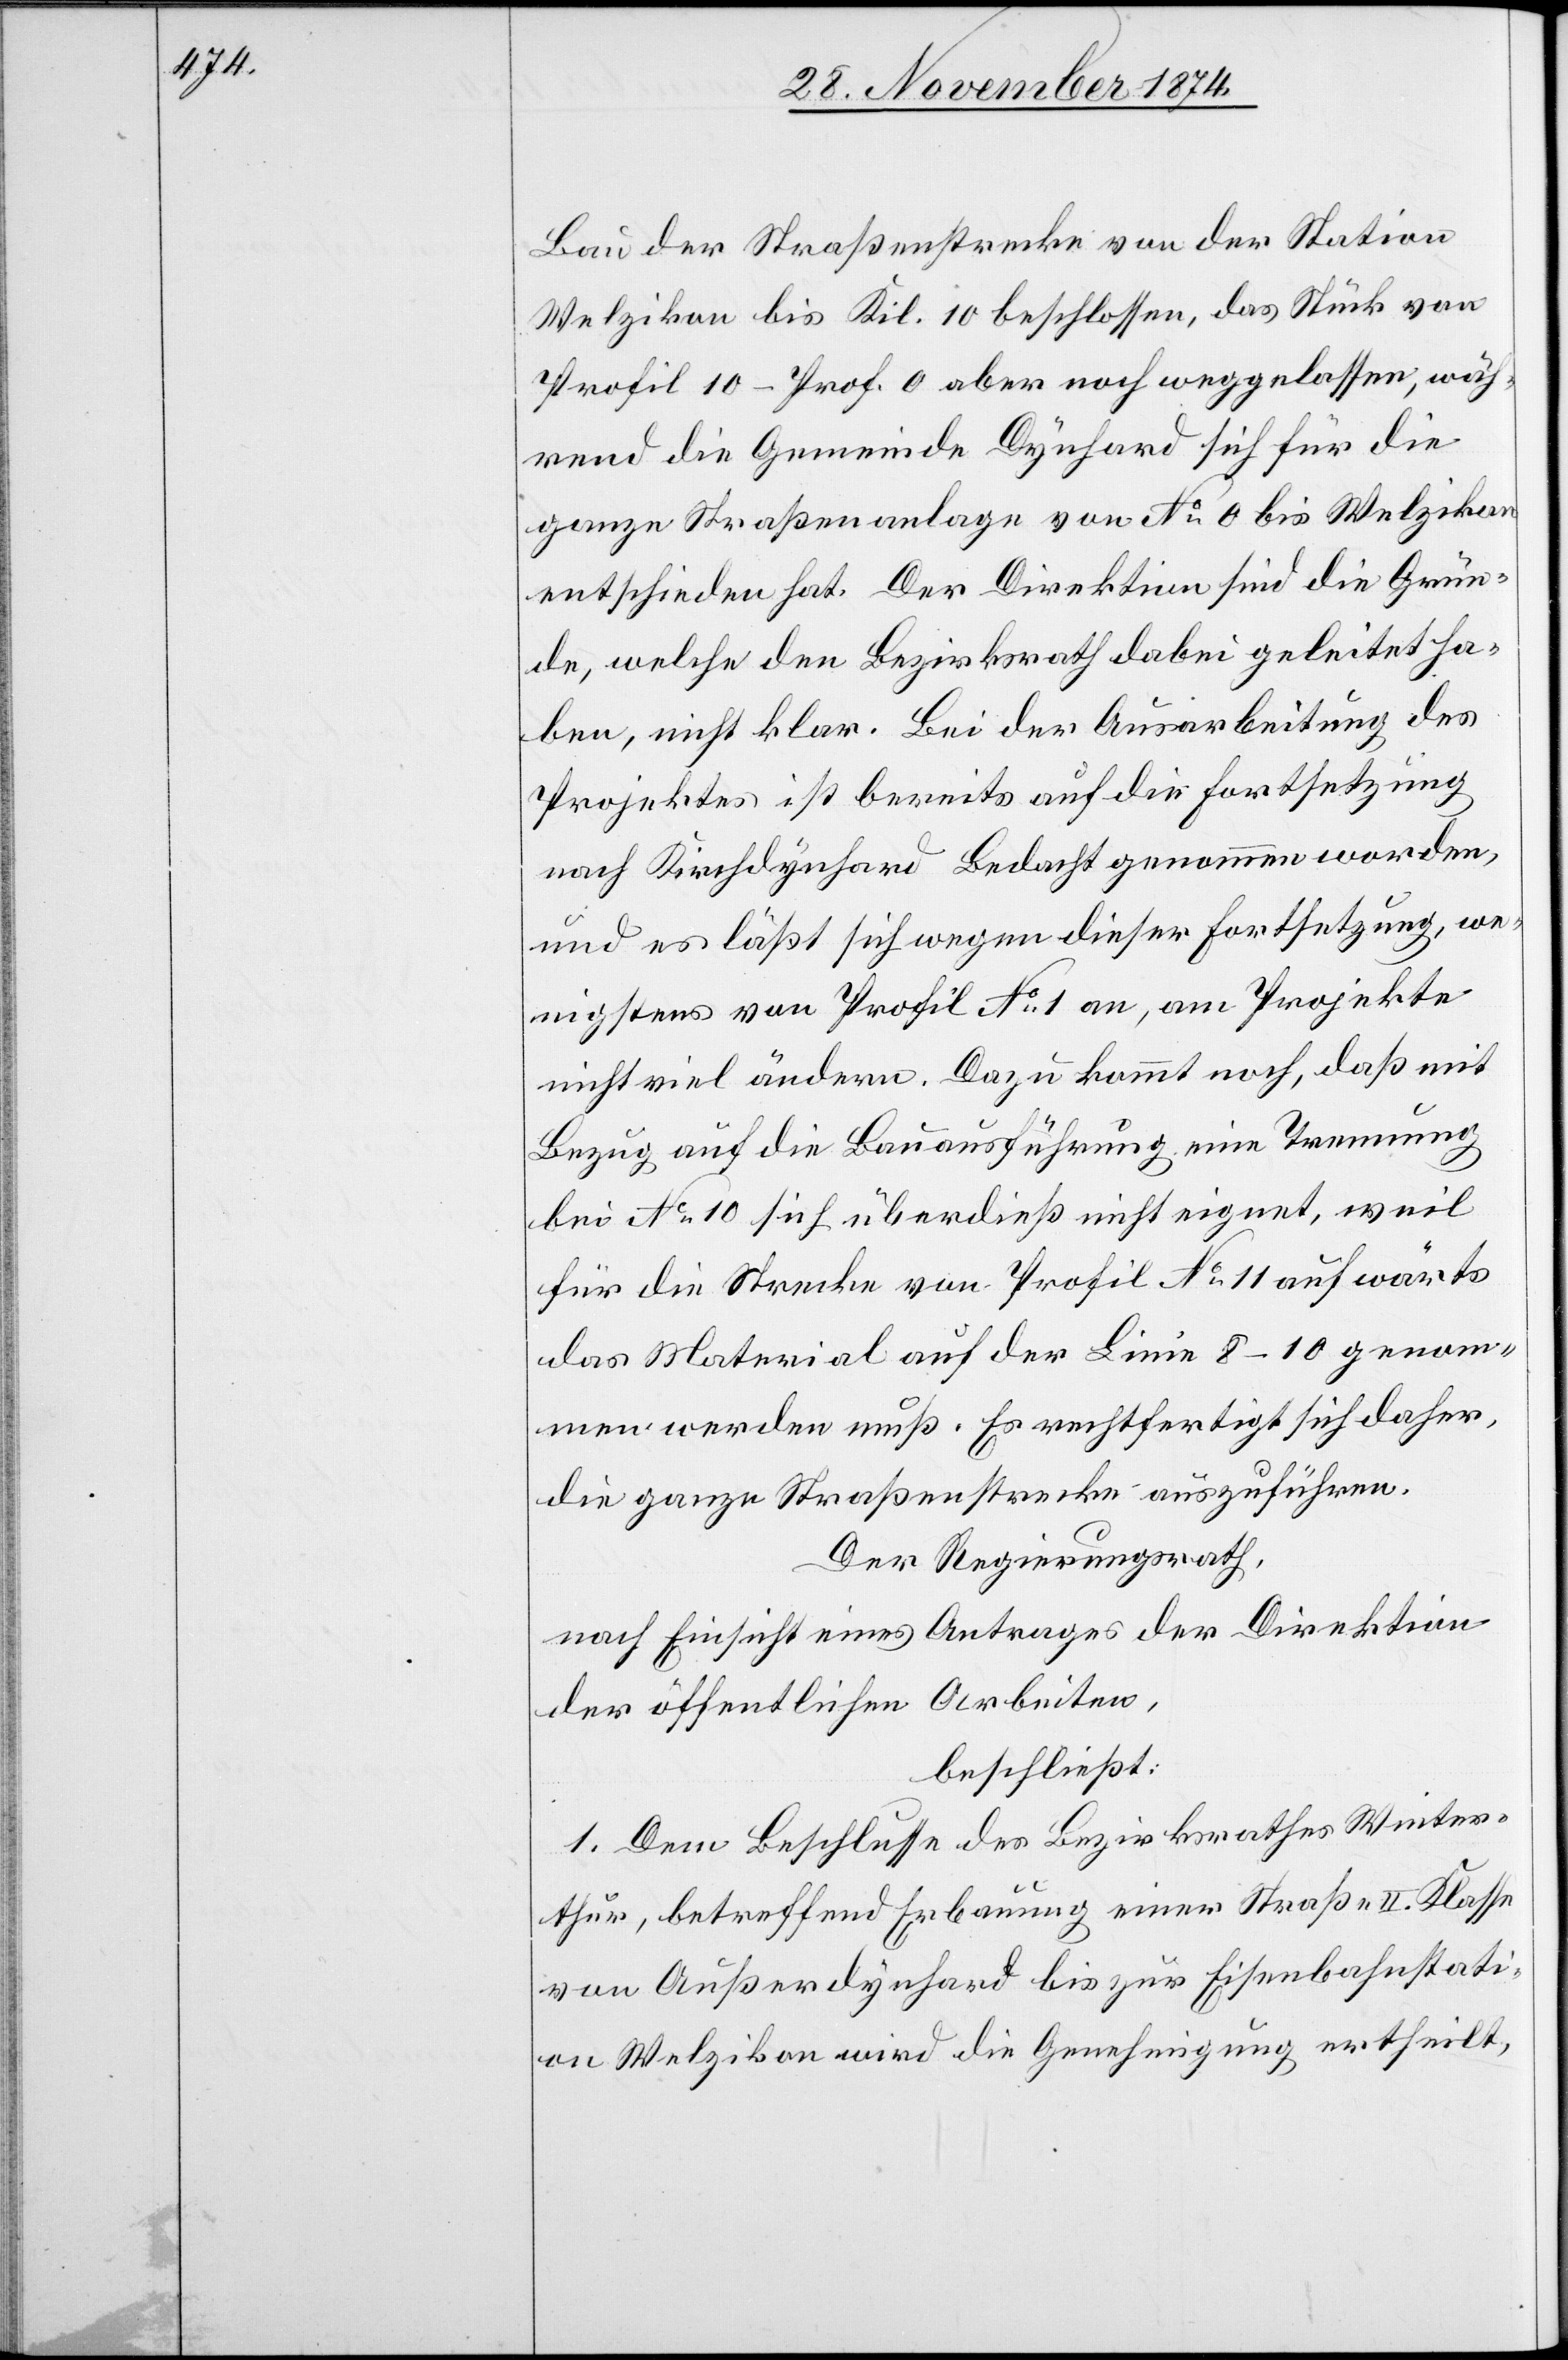
Bau der Straßenstrecke von der Station
Welzikon bis Kil. 10 beschlossen, das Stück von
Profil 10 – Prof. 0 aber noch weggelassen, wäh¬
rend die Gemeinde Dynhard sich für die
ganze Straßenanlage von No 0 bis Welzikon
entschieden hat. Der Direktion sind die Grün¬
de, welche den Bezirksrath dabei geleitet ha¬
ben, nicht klar. Bei der Ausarbeitung des
Projektes ist bereits auf die Fortsetzung
nach Kirchdynhard Bedacht genommen worden,
und es läßt sich wegen dieser Fortsetzung, we¬
nigstens von Profil No 1 an, am Projekte
nicht viel ändern. Dazu kommt noch, daß mit
Bezug auf die Bauausführung eine Trennung
bei No 10 sich überdieß nicht eignet, weil
für die Strecke von Profil No 11 aufwärts
das Material auf der Linie 8–10 genom¬
men werden muß. Es rechtfertigt sich daher,
die ganze Straßenstrecke auszuführen.
Der Regierungsrath,
nach Einsicht eines Antrages der Direktion
der öffentlichen Arbeiten,
beschließt:
1. Dem Beschlusse des Bezirksrathes Winter¬
thur, betreffend Erbauung einer Straße II. Klasse
von Außerdynhard bis zur Eisenbahnstati¬
on Welzikon wird die Genehmigung ertheilt,